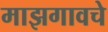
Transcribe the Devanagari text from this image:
माझगावचे